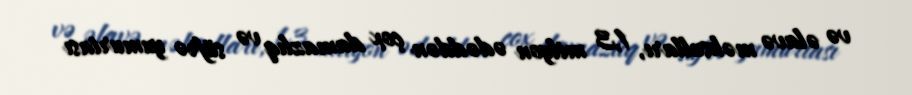
və əlavə məhsulları, 1,3 milyon ədəddən çox damazlıq və süfrə yumurtası